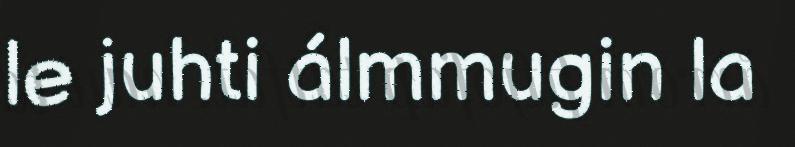
le juhti álmmugin la